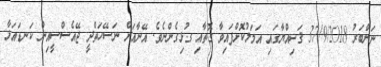
ނަންބަރު 37/9/2018 ޤަޟިއްޔާގައި އަމަލުކޮށްފައިވާ ގޮތާއި ގުޅިގެންނެވެ. އޭނާއަށް ނަސޭހަތްދީ ޖޭއެސްސީއިން ކަނޑައަޅާ